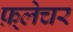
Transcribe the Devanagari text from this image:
फ़्लेचर